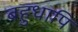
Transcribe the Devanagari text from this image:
बहुधापि